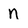
Character: n